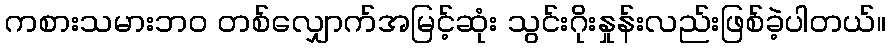
ကစားသမားဘ၀ တစ်လျှောက်အမြင့်ဆုံး သွင်းဂိုးနှုန်းလည်းဖြစ်ခဲ့ပါတယ်။